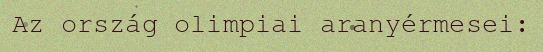
Az ország olimpiai aranyérmesei: